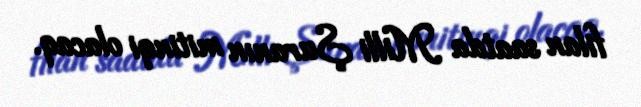
filan saatda Milli Şuranın mitinqi olacaq.